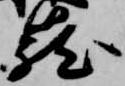
籠